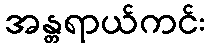
အန္တရာယ်ကင်း